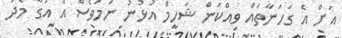
އަށް އެ ގަހަނާތައް ވިއްކަން ޝަހީމް އުޅުނު ނަމަވެސް އެ އަގާ މެދު